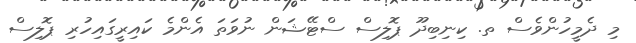
މި ދެމީހުންވެސް ތ. ކިނިބިދޫ ޕޮލިސް ސްޓޭޝަން ނުވަތަ އެންމެ ކައިރީގައިހުރި ޕޮލިސް